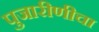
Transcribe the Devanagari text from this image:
पुजारीणीचा